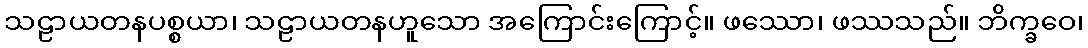
သဠာယတနပစ္စယာ၊ သဠာယတနဟူသော အကြောင်းကြောင့်။ ဖဿော၊ ဖဿသည်။ ဘိက္ခဝေ၊